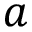
a